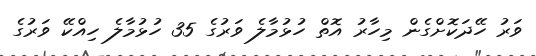
ވަރު ހޭދަކޮށްގެން މިހާރު އޮތް ހުޅުމާލެ ވަރުގެ 35 ހުޅުމާލެ ހިއްކޭ ވަރުގެ